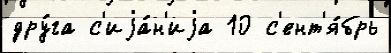
дру́га с'иjа́н'иjа 10 с'ент'я́брь